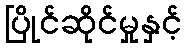
ပြိုင်ဆိုင်မှုနှင့်